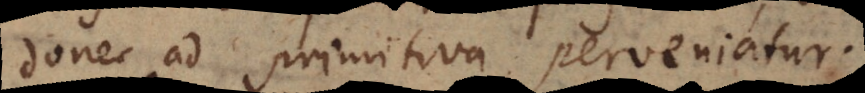
donec ad primitiva perveniatur.